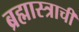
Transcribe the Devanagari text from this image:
ब्रह्मास्त्राची